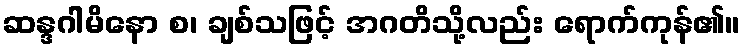
ဆန္ဒဂါမိနော စ၊ ချစ်သဖြင့် အဂတိသို့လည်း ရောက်ကုန်၏။